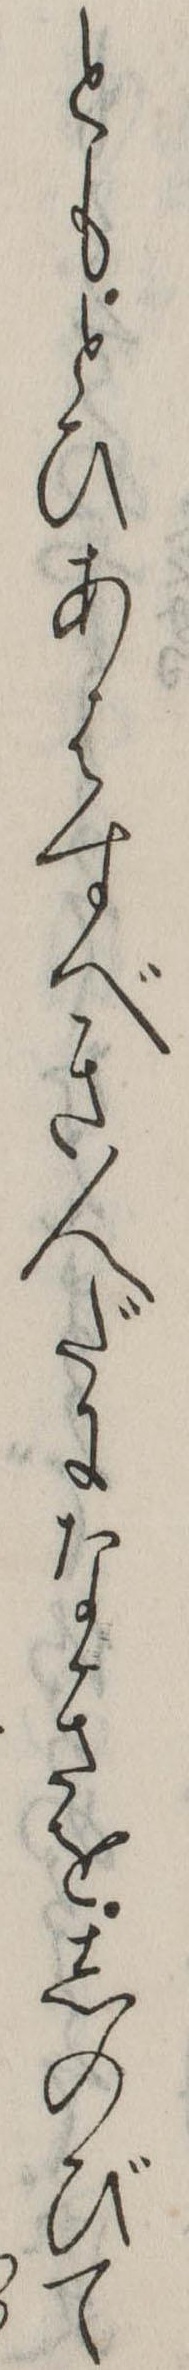
ともとひあはすべき人だになきをしのびて